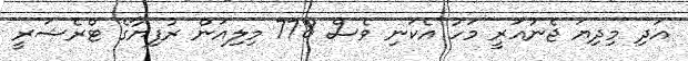
އަދި މިދިޔަ ޖެނުއަރީ މަހު އެކަނި ވެސް 778 މިލިއަން ރުފިޔާގެ ޓްރެޝަރީ